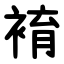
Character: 䘻